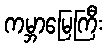
ကမ္ဘာမြေကြီး